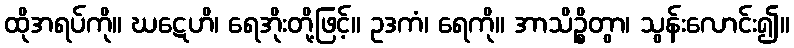
ထိုအရပ်ကို။ ဃဋေဟိ၊ ရေအိုးတို့ဖြင့်။ ဥဒကံ၊ ရေကို။ အာသိဉ္စိတွာ၊ သွန်းလောင်း၍။